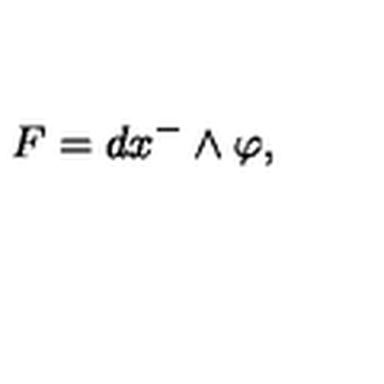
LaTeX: F = d x ^ { - } \wedge \varphi ,